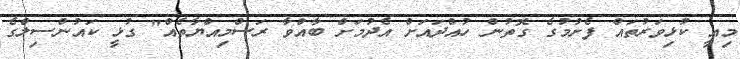
މިއީ ކުޅިވަރުތައް ފެށުމުގެ ގޮތުން ހުއްދައަށް އެދުމަށް ބާއްވާ ރަސްމިއްޔާތެއް" ގުޅީ ކައުންސިލްގެ